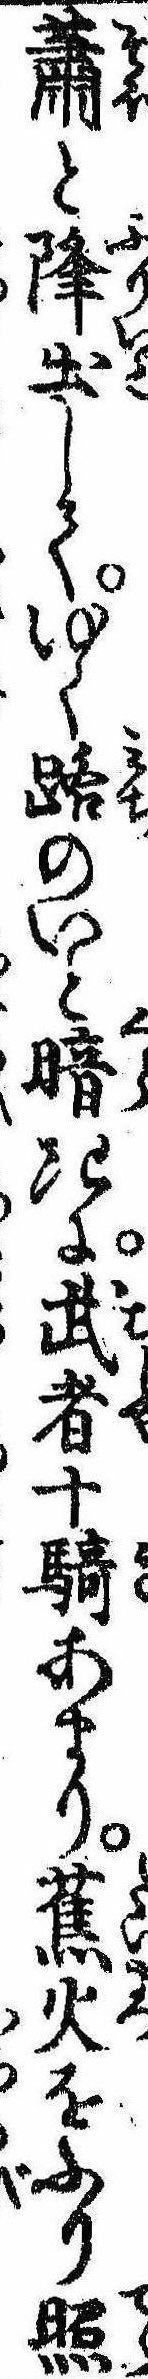
蕭と降出してゆく路のいと暗きに武者十騎あまり蕉火をふり照